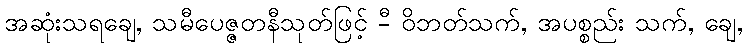
အဆုံးသရချေ, သမီပေဇ္ဇတနီသုတ်ဖြင့် -ီ ဝိဘတ်သက်, အပစ္စည်း သက်, ချေ,